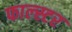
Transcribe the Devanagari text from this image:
फाल्स्टर